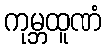
ကုမ္ဘထူဏံ